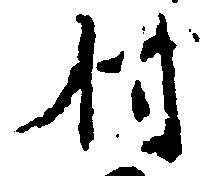
付